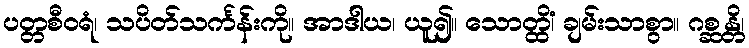
ပတ္တစီဝရံ၊ သပိတ်သင်္ကန်းကို။ အာဒါယ၊ ယူ၍။ သောတ္ထိံ၊ ချမ်းသာစွာ။ ဂစ္ဆန္တိ၊